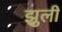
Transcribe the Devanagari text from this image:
झुली